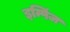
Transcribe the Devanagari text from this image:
इम्पिंज